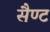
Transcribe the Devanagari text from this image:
सैण्ट